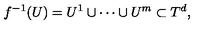
f ^ { - 1 } ( U ) = U ^ { 1 } \cup \cdots \cup U ^ { m } \subset T ^ { d } ,